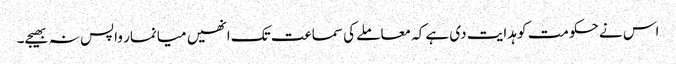
اس نے حکومت کو ہدایت دی ہے کہ معاملے کی سماعت تک انھیں میانمار واپس نہ بھیجے۔